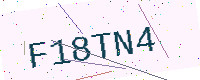
Text: F18TN4